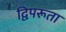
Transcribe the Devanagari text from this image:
द्विपरूता